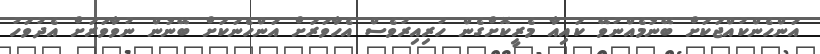
އަންހެންކުއްޖަކަށް ބޭނުމެއްނުވޭ ކައިއާ މެރީކޮށްގެން ހުރިއިރުވެސް އެހާވަރަށް އަންހެނަކަށް ބޭނުން ނުވާވަރަށް އެދުވަހު